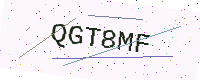
Text: QGT8MF